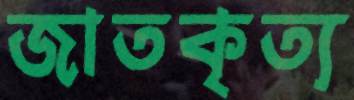
জাতকৃত্য